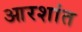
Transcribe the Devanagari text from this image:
आरशांत